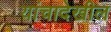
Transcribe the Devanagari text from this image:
यांचादेखील